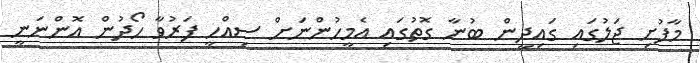
މާފުށި ޖަލުގައި ގައިދީން ބުނާ ގޮތުގައި އެމީހުންނަށް ސިއްހީ ފަރުވާ ހޯދުން އޮންނަނީ